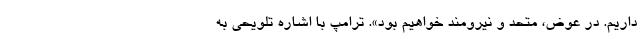
داریم. در عوض، متحد و نیرومند خواهیم بود». ترامپ با اشاره تلویحی به